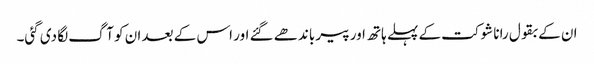
ان کے بقول رانا شوکت کے پہلے ہاتھ اور پیر باندھے گئے اور اس کے بعد ان کو آگ لگا دی گئی۔